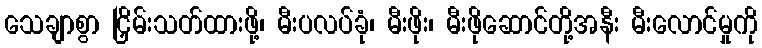
သေချာစွာ ငြှိမ်းသတ်ထားဖို့၊ မီးပလပ်ခုံ၊ မီးဖိုး၊ မီးဖိုဆောင်တို့အနီး မီးလောင်မှုကို